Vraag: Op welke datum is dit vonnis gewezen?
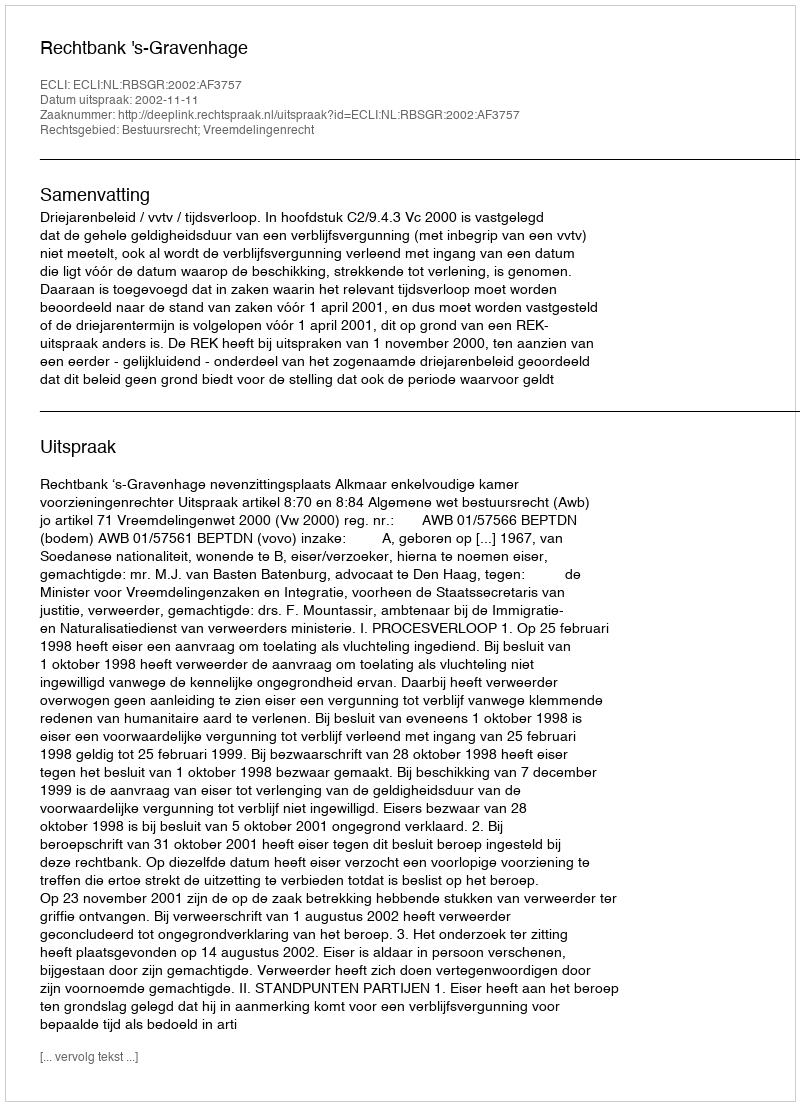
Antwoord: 2002-11-11